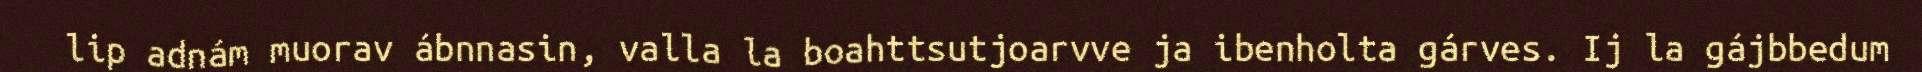
lip adnám muorav ábnnasin, valla la boahttsutjoarvve ja ibenholta gárves. Ij la gájbbedum